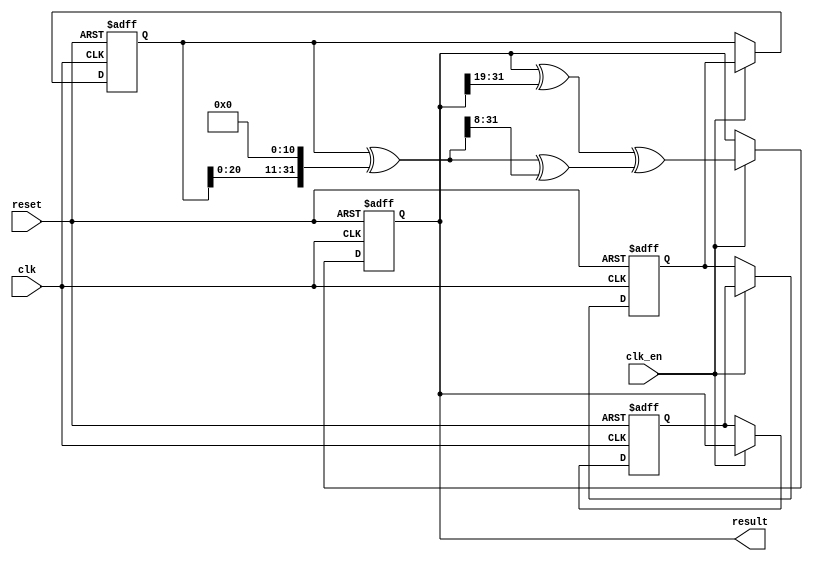
// ===================================================================
// TITLE : Xorshift128 random instruction for NiosII
//
//     DESIGN : s.osafune@j7system.jp (J-7SYSTEM WORKS LIMITED)
//
// ===================================================================
//
// The MIT License (MIT)
// Copyright (c) 2020 J-7SYSTEM WORKS LIMITED.
//
// Permission is hereby granted, free of charge, to any person obtaining a copy of
// this software and associated documentation files (the "Software"), to deal in
// the Software without restriction, including without limitation the rights to
// use, copy, modify, merge, publish, distribute, sublicense, and/or sell copies
// of the Software, and to permit persons to whom the Software is furnished to do
// so, subject to the following conditions:
//
// The above copyright notice and this permission notice shall be included in all
// copies or substantial portions of the Software.
//
// THE SOFTWARE IS PROVIDED "AS IS", WITHOUT WARRANTY OF ANY KIND, EXPRESS OR
// IMPLIED, INCLUDING BUT NOT LIMITED TO THE WARRANTIES OF MERCHANTABILITY,
// FITNESS FOR A PARTICULAR PURPOSE AND NONINFRINGEMENT. IN NO EVENT SHALL THE
// AUTHORS OR COPYRIGHT HOLDERS BE LIABLE FOR ANY CLAIM, DAMAGES OR OTHER
// LIABILITY, WHETHER IN AN ACTION OF CONTRACT, TORT OR OTHERWISE, ARISING FROM,
// OUT OF OR IN CONNECTION WITH THE SOFTWARE OR THE USE OR OTHER DEALINGS IN THE
// SOFTWARE.
//

// Verilog-2001 / IEEE 1364-2001
`default_nettype none

module ci_rand_xorshift128(
	input wire			clk,
	input wire			clk_en,
	input wire			reset,
	output wire [31:0]	result
);

	reg  [31:0]		x_reg, y_reg, z_reg, w_reg;
	wire [31:0]		t_sig, r_sig;

	assign t_sig = x_reg ^ {x_reg[20:0], {11{1'b0}}};
	assign r_sig = (w_reg ^ {{19{1'b0}}, w_reg[31:19]}) ^ (t_sig ^ {{8{1'b0}}, t_sig[31:8]});

	always @(posedge clk or posedge reset) begin
		if (reset) begin
			x_reg <= 32'd123456789;
			y_reg <= 32'd362436069;
			z_reg <= 32'd521288629;
			w_reg <= 32'd88675123;
		end
		else begin
			if (clk_en) begin
				x_reg <= y_reg;
				y_reg <= z_reg;
				z_reg <= w_reg;
				w_reg <= r_sig;
			end
		end
	end

	assign result = w_reg;

endmodule